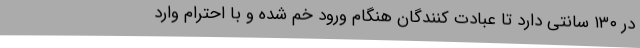
در ۱۳۰ سانتی دارد تا عبادت کنندگان هنگام ورود خم شده و با احترام وارد